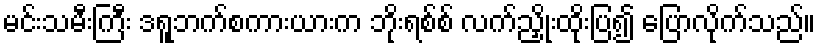
မင်းသမီးကြီး ဒရူဘက်စကားယားက ဘိုးရစ်စ် လက်ညှိုးထိုးပြ၍ ပြောလိုက်သည်။